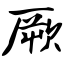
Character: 厥